Indian journal of veterinary science and animal husbandry - Volumes 24-25, 1954-1955
Year: 1954
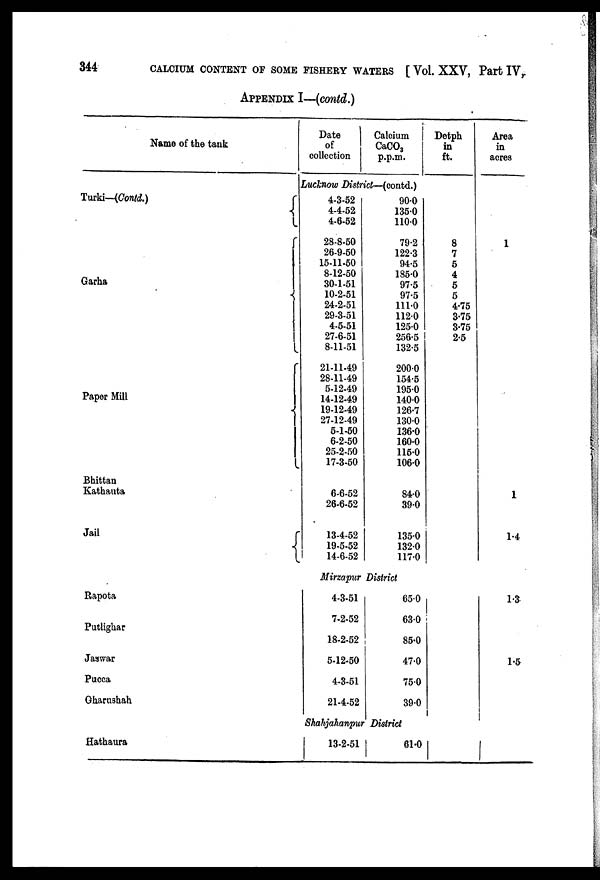
344
CALCIUM CONTENT OF SOME FISHERY WATERS [ Vol. XXV, Part IV,
APPENDIX I—(contd.)
Name of the tank
Turki—(Contd.)
Garha
Paper Mill
Bhittan
Kathauta
Jail
Rapota
Putligliar
Jaswar
Pucca
Gharushah
Hathaura
Date
of
collection
Calcium
CaCO 3
p.p.m.
Detph
in
ft.
Lucknow District—(contd.)
4-3-52
4-4-52
4-6-52
28-8-50
26-9-60
15-11-50
8-12-50
30-1-51
10-2-51
24-2-51
29-3-51
4-5-51
27-6-51
8-11-51
21-11-49
28-11-49
5-12-49
14-12-49
19-12-49
27-12-49
5-1-50
6-2-50
25-2-50
17-3-50
6-6-52
26-6-52
13-4-52
19-5-52
14-6-52
90.0
135.0
110.0
79.2
122.3
94.5
185.0
97.5
97.5
111.0
112.0
125.0
256.5
132.5
200.0
154.5
195.0
140.0
126.7
130.0
136.0
160.0
115.0
106.0
84.0
39.0
135.0
132.0
117.0
Mirzapur District
4-3-51
7-2-52
18-2-52
5-12-50
4-3-51
21-4-52
65.0
63.0
85.0
47.0
75.0
39.0
8
7
5
4
5
5
4.75
3.75
3.75
2.5
Shahjahanpur District
13-2-51
61.0
Area
in
acres
1
1
1.4
1.3
1.5